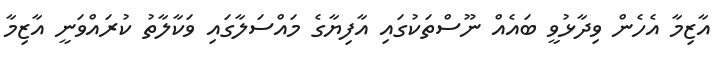
އާޒިމާ އެހެން ވިދާޅުވީ ބައެއް ނޫސްތަކުގައި އާފިޔާގެ މައްސަލާގައި ވަކާލާތު ކުރައްވަނީ އާޒިމާ